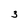
Character: 3